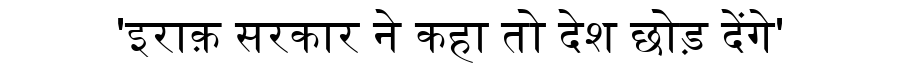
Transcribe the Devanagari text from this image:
'इराक़ सरकार ने कहा तो देश छोड़ देंगे'